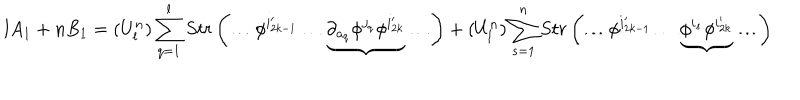
l A _ { 1 } + n B _ { 1 } = ( U _ { l } ^ { n } ) \sum _ { q = 1 } ^ { l } S t r \left( \ldots \phi ^ { i _ { 2 k - 1 } ^ { \prime } } \ldots \underbrace { \partial _ { a _ { q } } \phi ^ { j _ { q } } \phi ^ { i _ { 2 k } ^ { \prime } } } \ldots \right) + ( U _ { l } ^ { n } ) \sum _ { s = 1 } ^ { n } S t r \left( \ldots \phi ^ { i _ { 2 k - 1 } ^ { \prime } } \ldots \underbrace { \phi ^ { i _ { s } } \phi ^ { i _ { 2 k } ^ { \prime } } } \ldots \right)